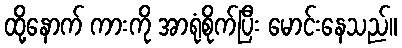
ထို့နောက် ကားကို အာရုံစိုက်ပြီး မောင်းနေသည်။